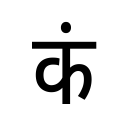
OCR:
कं